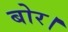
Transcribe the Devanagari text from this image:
बोर।